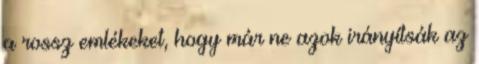
a rossz emlékeket, hogy már ne azok irányítsák az